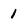
Character: 1